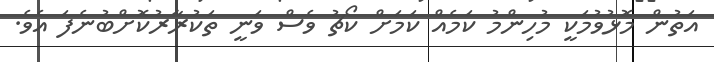
އަތުން މޮޅުވުމަކީ މުހިންމު ކަމެއް ކަމަށް ކޯޗު ވެސް ވަނީ ތަކުރާރުކޮށްބުނެފަ އެވެ.